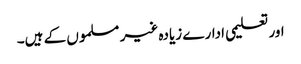
اور تعلیمی ادارے زیادہ غیر مسلموں کے ہیں۔